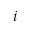
i